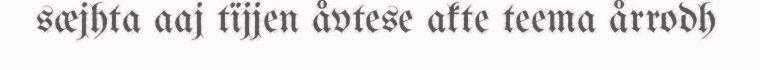
sæjhta aaj tïjjen åvtese akte teema årrodh